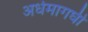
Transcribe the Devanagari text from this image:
अर्धमागघी